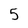
Character: 5